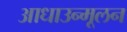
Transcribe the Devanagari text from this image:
आधाउन्मूलन